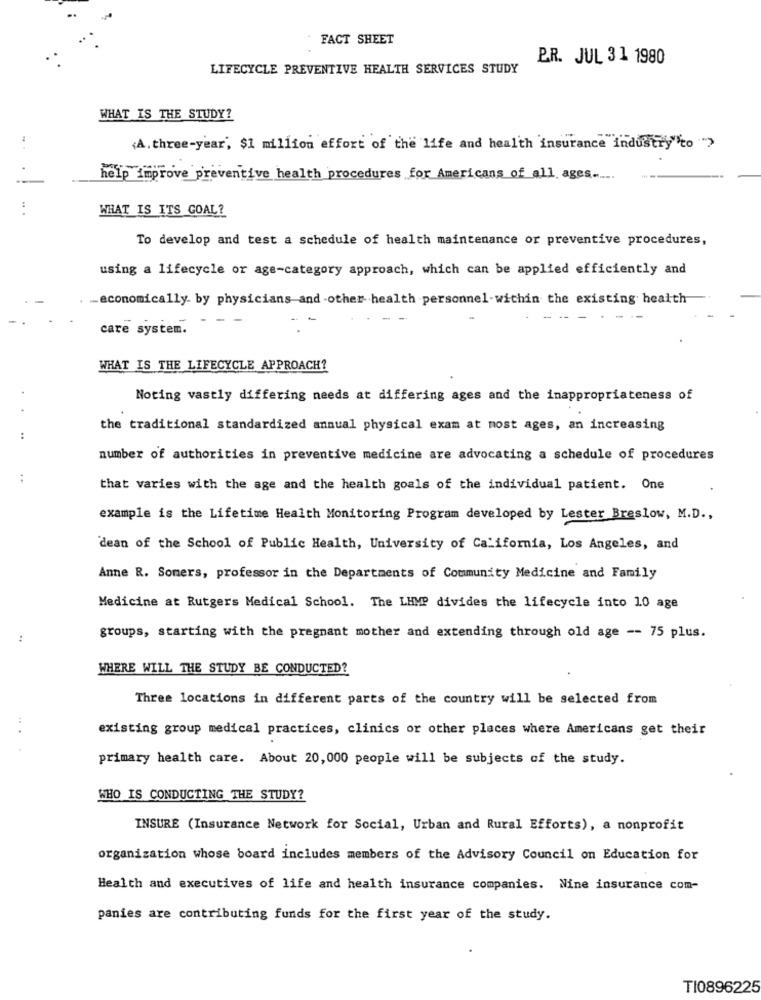
FACT SHEET
B.R. JUL 31 1980
LIFECYCLE PREVENTIVE HEALTH SERVICES STUDY
WHAT IS THE STUDY?
..
{A. three-year', $1 million effort of the life and health insurance industry" to ">
help improve preventive health procedures for Americans of all ages .....
WHAT IS ITS GOAL?
To develop and test a schedule of health maintenance or preventive procedures,
using a lifecycle or age-category approach, which can be applied efficiently and
_economically by physicians and -other health -personnel-within the existing health
- --
care system.
WHAT IS THE LIFECYCLE APPROACH?
Noting vastly differing needs at differing ages and the inappropriateness of
the traditional standardized annual physical exam at most ages, an increasing
:
number of authorities in preventive medicine are advocating a schedule of procedures
that varies with the age and the health goals of the individual patient. One
example is the Lifetime Health Monitoring Program developed by Lester Breslow, M.D .,
dean of the School of Public Health, University of California, Los Angeles, and
Anne R. Somers, professor in the Departments of Community Medicine and Family
Medicine at Rutgers Medical School. The LHMP divides the lifecycle into 10 age
groups, starting with the pregnant mother and extending through old age -- 75 plus.
WHERE WILL THE STUDY BE CONDUCTED?
Three locations in different parts of the country will be selected from
existing group medical practices, clinics or other places where Americans get their
primary health care. About 20,000 people will be subjects of the study.
WHO IS CONDUCTING THE STUDY?
INSURE (Insurance Network for Social, Urban and Rural Efforts), a nonprofit
organization whose board includes members of the Advisory Council on Education for
Health and executives of life and health insurance companies. Nine insurance com-
panies are contributing funds for the first year of the study.
TI0896225